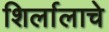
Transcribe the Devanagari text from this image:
शिर्लालाचे